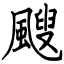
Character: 颼